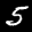
Label: 5